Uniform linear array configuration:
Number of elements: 64
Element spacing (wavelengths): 0.25
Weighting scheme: binomial
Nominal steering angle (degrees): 45
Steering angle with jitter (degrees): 46.16
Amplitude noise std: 0.05
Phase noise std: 0.05

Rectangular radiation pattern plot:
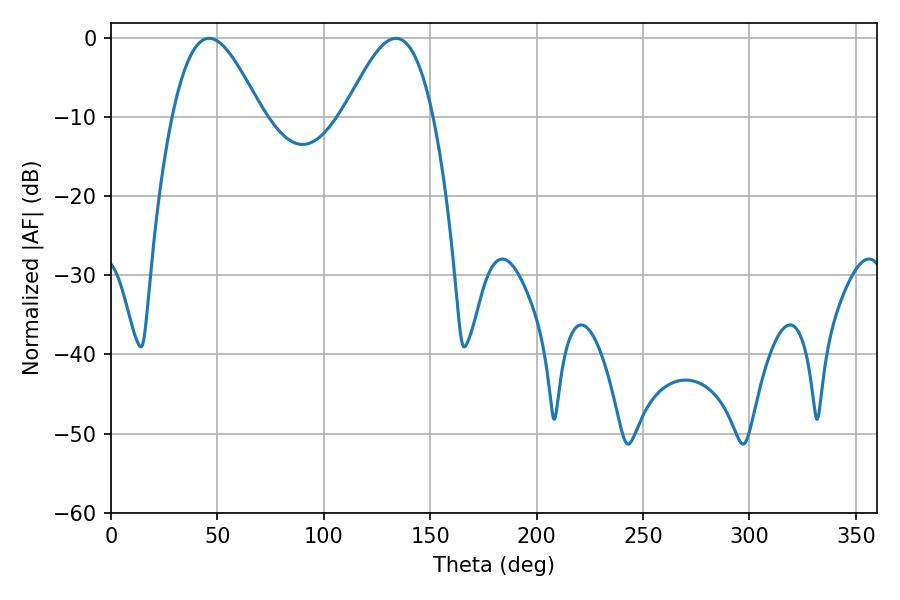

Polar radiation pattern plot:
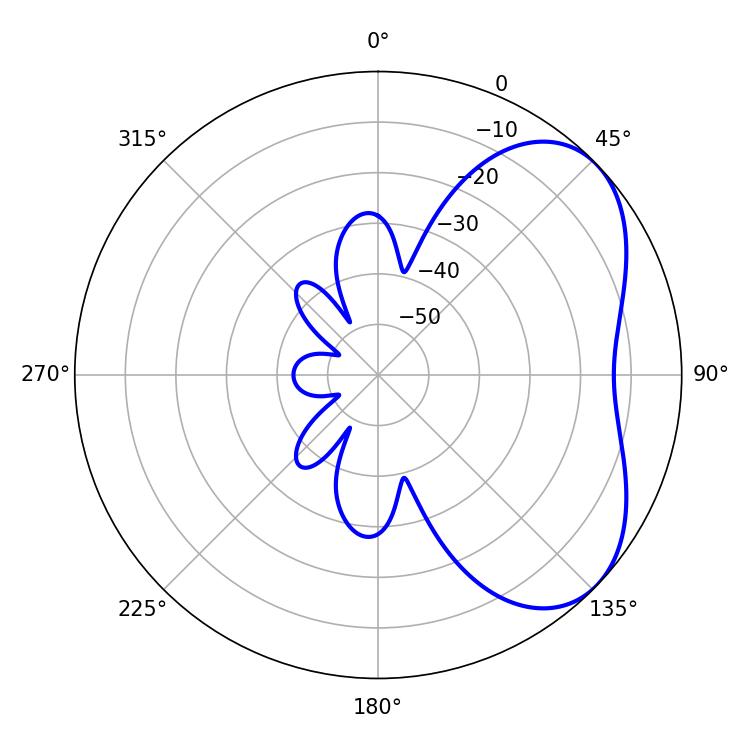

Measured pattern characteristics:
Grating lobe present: FALSE
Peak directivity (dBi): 4.815
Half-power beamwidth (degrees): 22.5
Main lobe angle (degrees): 46.08